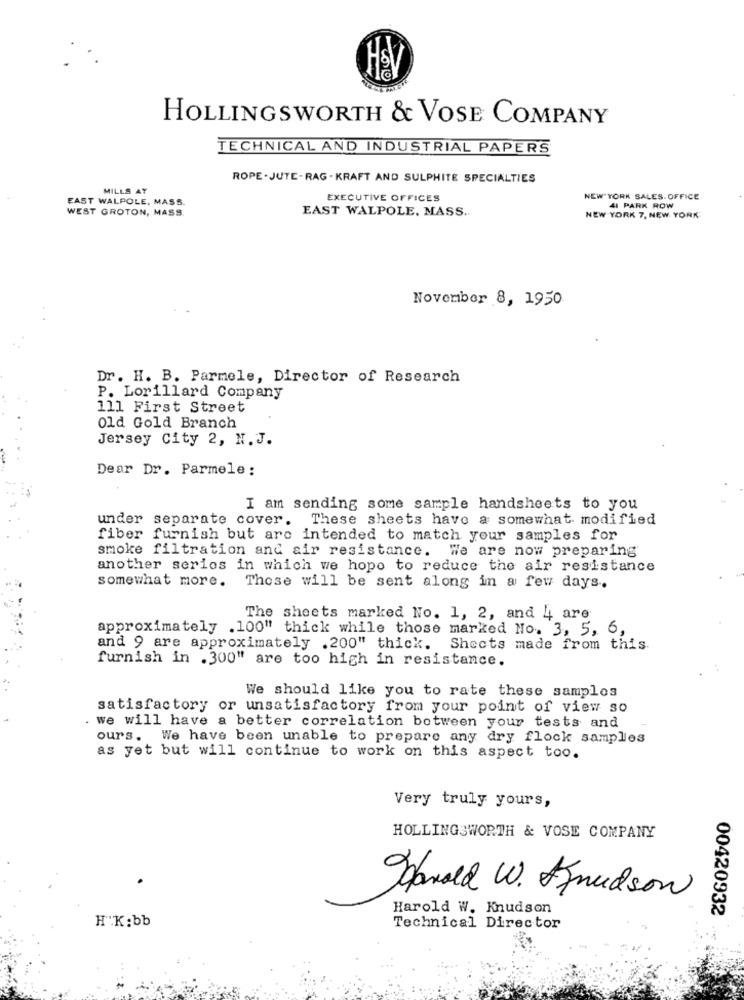
HOLLINGSWORTH & VOSE COMPANY
TECHNICAL AND INDUSTRIAL PAPERS
ROPE -JUTE-RAG- KRAFT AND SULPHITE SPECIALTIES
MILLS AT
EAST WALPOLE, MASS.
EXECUTIVE OFFICES
NEW YORK SALES. OFFICE
WEST GROTON, MASS.
EAST WALPOLE, MASS ..
41 PARK ROW
NEW YORK 7, NEW YORK
November 8, 1950
Dr. H. B. Parmele, Director of Research
P. Lorillard Company
111 First Street
Old Gold Branch
Jersey City 2, N.J.
Dear Dr. Parmele :
I am sending some sample handsheets to you
under separate cover. These sheets have a somewhat modified
fiber furnish but are intended to match your samples for
smoke filtration and air resistance. We are now preparing
another serios in which we hope to reduce the air resistance
somewhat more. Those will be sent along in a few days.
The sheets marked No. 1, 2, and 4 are
approximately .100" thick while those marked No. 3, 5, 6,
and 9 are approximately .200" thick.
Shocts made from this.
furnish in .300" are too high in resistance.
We should like you to rate these samples
satisfactory or unsatisfactory from your point of view so
we will have a better correlation between your tests and
ours. We have been unable to prepare any dry flock samples
as yet but will continue to work on this aspect too.
Very truly yours,
HOLLINGSWORTH & VOSE COMPANY
Harold W. Afnudson
Harold W. Knudson
00420932
H.K: bb
Technical Director